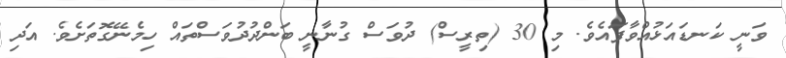
ވަނީ ކަނޑައަޅުއްވާފައެވެ. މި 30 (ތިރީސް) ދުވަސް ގުނާނީ ބަންދުދުވަސްތައް ހިމެނޭގޮތަށެވެ. އަދި